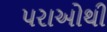
પરાઓથી